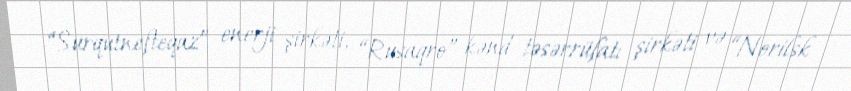
“Surqutnefteqaz” enerji şirkəti, “Rusaqro” kənd təsərrüfatı şirkəti və “Norilsk